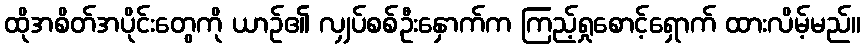
ထိုအစိတ်အပိုင်းတွေကို ယာဉ်၏ လျှပ်စစ်ဦးနှောက်က ကြည့်ရှုစောင့်ရှောက် ထားလိမ့်မည်။